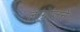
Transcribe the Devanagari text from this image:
लाग्रांजने